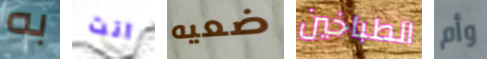
به انت ضعيه الطباخين وأم